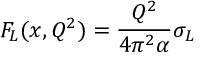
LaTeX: F _ { L } ( x , Q ^ { 2 } ) = { \frac { Q ^ { 2 } } { 4 \pi ^ { 2 } \alpha } } \sigma _ { L }